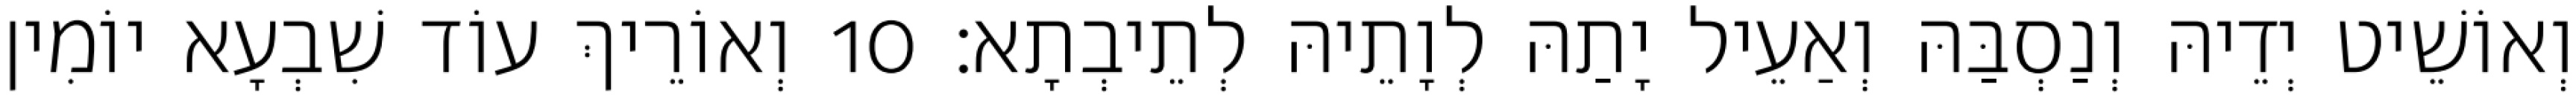
וְאוֹשֵׁיט יְדֵיהּ וְנַסְבַּהּ וְאַעֵיל יָתַהּ לְוָתֵיהּ לְתֵיבְתָא׃ 10 וְאוֹרֵיךְ עוֹד שִׁבְעָא יוֹמִין